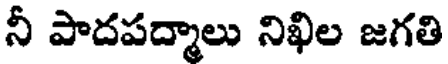
నీ పాదపద్మాలు నిఖిల జగతి